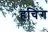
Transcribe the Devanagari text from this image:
हचिंग